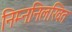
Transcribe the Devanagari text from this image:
निम्ननिलखित